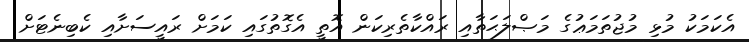
އެކަމަކު މުޅި މުޖުތަމަޢުގެ މަޞްލަޙަތާއި ރައްކާތެރިކަން އޮތީ އެގޮތުގައި ކަމަށް ރައީސަށާއި ކެބިނެޓަށް